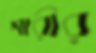
শারীর